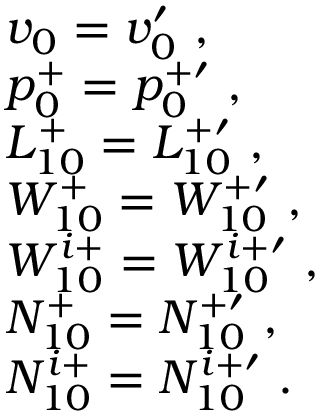
\begin{array} { r l } & { v _ { 0 } = v _ { 0 } ^ { \prime } ~ , } \\ & { p _ { 0 } ^ { + } = p _ { 0 } ^ { + \prime } ~ , } \\ & { L _ { 1 0 } ^ { + } = L _ { 1 0 } ^ { + \prime } ~ , } \\ & { W _ { 1 0 } ^ { + } = W _ { 1 0 } ^ { + \prime } ~ , } \\ & { W _ { 1 0 } ^ { i + } = W _ { 1 0 } ^ { i + \prime } ~ , } \\ & { N _ { 1 0 } ^ { + } = N _ { 1 0 } ^ { + \prime } ~ , } \\ & { N _ { 1 0 } ^ { i + } = N _ { 1 0 } ^ { i + \prime } ~ . } \end{array}